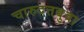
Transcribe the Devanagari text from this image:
चारुदत्तबुवा